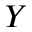
Y